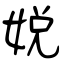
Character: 娧